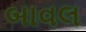
બાવલ